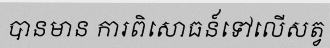
បានមាន ការពិសោធន៍ទៅលើសត្វ